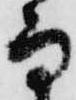
而